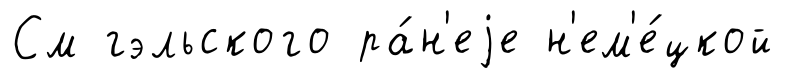
См гэльского ра́н'еjе н'ем'е́цкой